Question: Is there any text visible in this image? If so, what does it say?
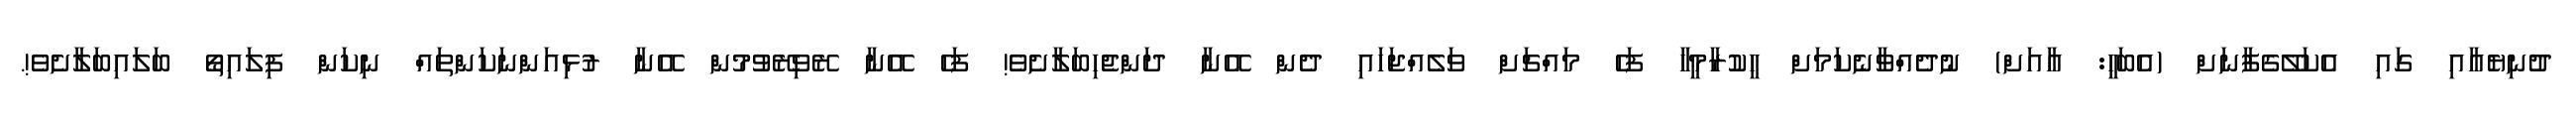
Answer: ދުނިޔެއާއި ގައި އެކަލޭގެފާނަށް (އެބަހީ: އާއަށް) ނުދެއްވާނެކަމަށް ހީކުރާމީހާ ފަހެ މައްޗަށް ވަލެއްޖަހައި ދެން އޭނާ ދަންޖެހިބަލާށެވެ! ފަހެ އޭނާ ރޭވިރޭވުމުން އޭނާ ރުޅިއަންނަކަންތައް ނިކަން ފިލައިތޯ ބަލައިބަލާށެވެ!.